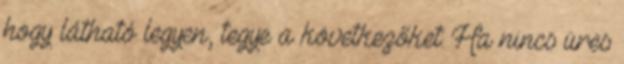
hogy látható legyen, tegye a következőket: Ha nincs üres